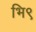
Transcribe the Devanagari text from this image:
भि९